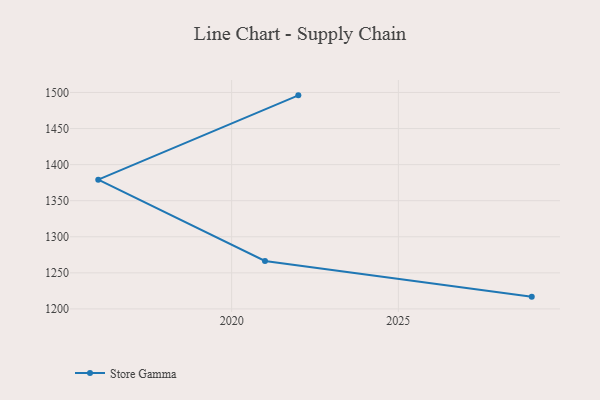
{"axis": {"x": "Year", "y": "Temperature (°C)"}, "legend": ["Store Gamma"], "data": [{"x": "2029", "y": 1217.0, "type": "Store Gamma"}, {"x": "2021", "y": 1266.5, "type": "Store Gamma"}, {"x": "2016", "y": 1379.1, "type": "Store Gamma"}, {"x": "2022", "y": 1496.0, "type": "Store Gamma"}]}